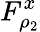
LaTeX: F_{\rho_{2}}^{x}